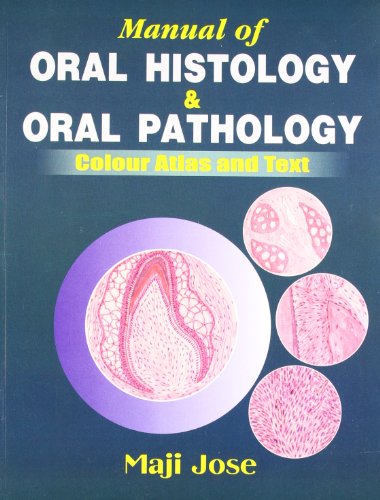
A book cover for Manual of Oral Histology & Oral Pathology: Colour Atlas and Text; Jose Maji; Medical Books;